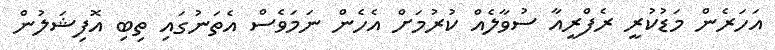
އަހަރެން މަޑުކުރީ ރެފްރީއާ ސުވާލެއް ކުރުމަށް އެހެން ނަމަވެސް އެތަނުގައި ތިބި އޮފިޝަލުން